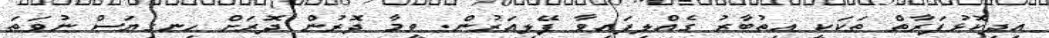
އިދިކޮޅުފަރާތް ތަކަކީ އިތުބާރު ގެއްލިފައިވާ ފޭލިއަރުން. ވީމާ ދޮރުން ދޮރަށް ހިނގިޔަސް ނުވަތަ